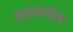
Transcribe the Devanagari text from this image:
मर्दानगीला